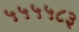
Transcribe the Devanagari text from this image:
५५५५८३